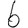
Digit: 6